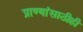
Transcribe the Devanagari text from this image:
प्राण्यांसाठीही